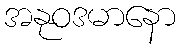
အနုဝဒမာနော